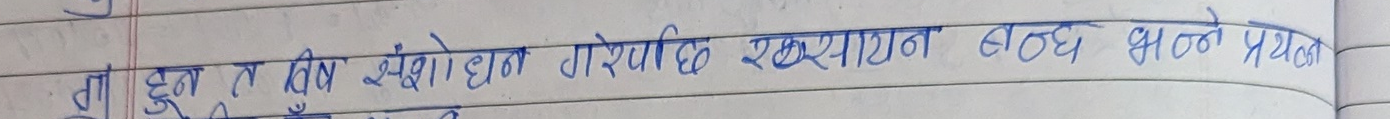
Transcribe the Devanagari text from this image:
गा हुन त बिष संशोधन गरेपछि रसायन बन्ध भन्ने प्रयोग